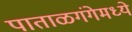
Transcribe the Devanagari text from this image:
पाताळगंगेमध्ये